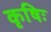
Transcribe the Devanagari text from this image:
कृषिः